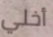
أخلي